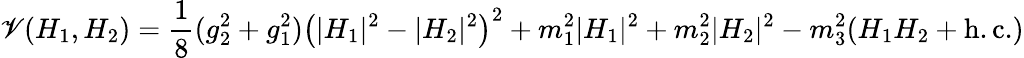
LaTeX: \mathscr{V}(H_{1},H_{2})=\frac{{1}}{{8}}(g_{2}^{2}+g_{1}^{2})\left(|H_{1}|^{2}-|H_{2}|^{2}\right)^{2}+m_{1}^{2}|H_{1}|^{2}+m_{2}^{2}|H_{2}|^{2}-m_{3}^{2}(H_{1}H_{2}+\mathrm{{h.c.}})